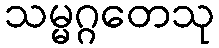
သမ္မဂ္ဂတေသု